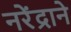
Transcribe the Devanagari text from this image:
नरेंद्राने